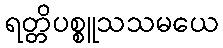
ရတ္တိပစ္စူသသမယေ